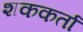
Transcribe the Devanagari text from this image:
शककर्ता